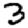
Digit: 3